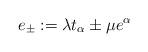
LaTeX: \begin{align*}e_\pm := \lambda t_\alpha \pm \mu e^\alpha\end{align*}